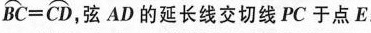
且 \frown BC=\frown CD ，弦AD的延长线交切线PC于点E。